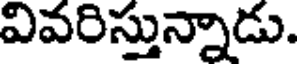
వివరిస్తున్నాడు.